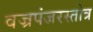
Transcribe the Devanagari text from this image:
वज्रपंजरस्तोत्र